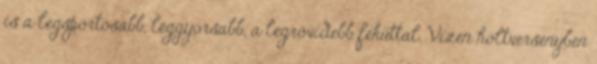
is a legsportosabb, leggyorsabb, a legrövidebb fékúttal. Vízen holtversenyben